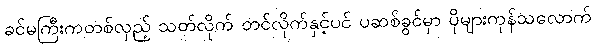
ခင်မကြီးကတစ်လှည့် သတ်လိုက် တင်လိုက်နှင့်ပင် ပဆစ်ခွင်မှာ ပိုများကုန်သလောက်